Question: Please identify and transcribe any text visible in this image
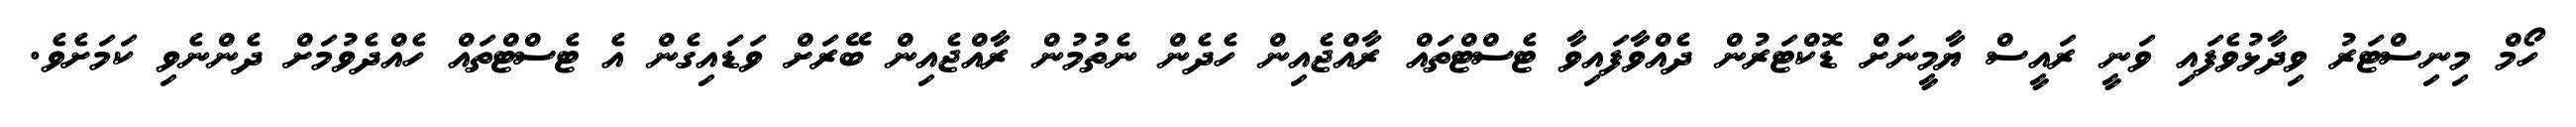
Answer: ހޯމް މިނިސްޓަރު ވިދާޅުވެފައި ވަނީ ރައީސް ޔާމީނަށް ޑޮކްޓަރުން ދެއްވާފައިވާ ޓެސްޓްތައް ރާއްޖެއިން ހެދެން ނެތުމުން ރާއްޖެއިން ބޭރަށް ވަޑައިގެން އެ ޓެސްޓްތައް ހެއްދެވުމަށް ދެންނެވި ކަމަށެވެ.